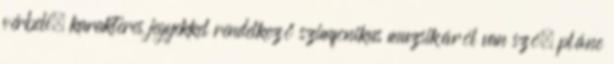
vérbeli, karakteres jegyekkel rendelkező szimfonikus muzsikáról van szó, pláne